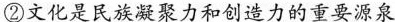
②文化是民族凝聚力和创造力的重要源泉